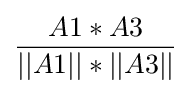
{\frac {A1*A3}{||A1||*||A3||}}